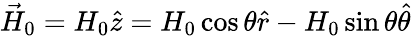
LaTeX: {\vec{H}}_{0}=H_{0}{\hat{z}}=H_{0}\cos\theta{\hat{r}}-H_{0}\sin\theta{\hat{\theta}}